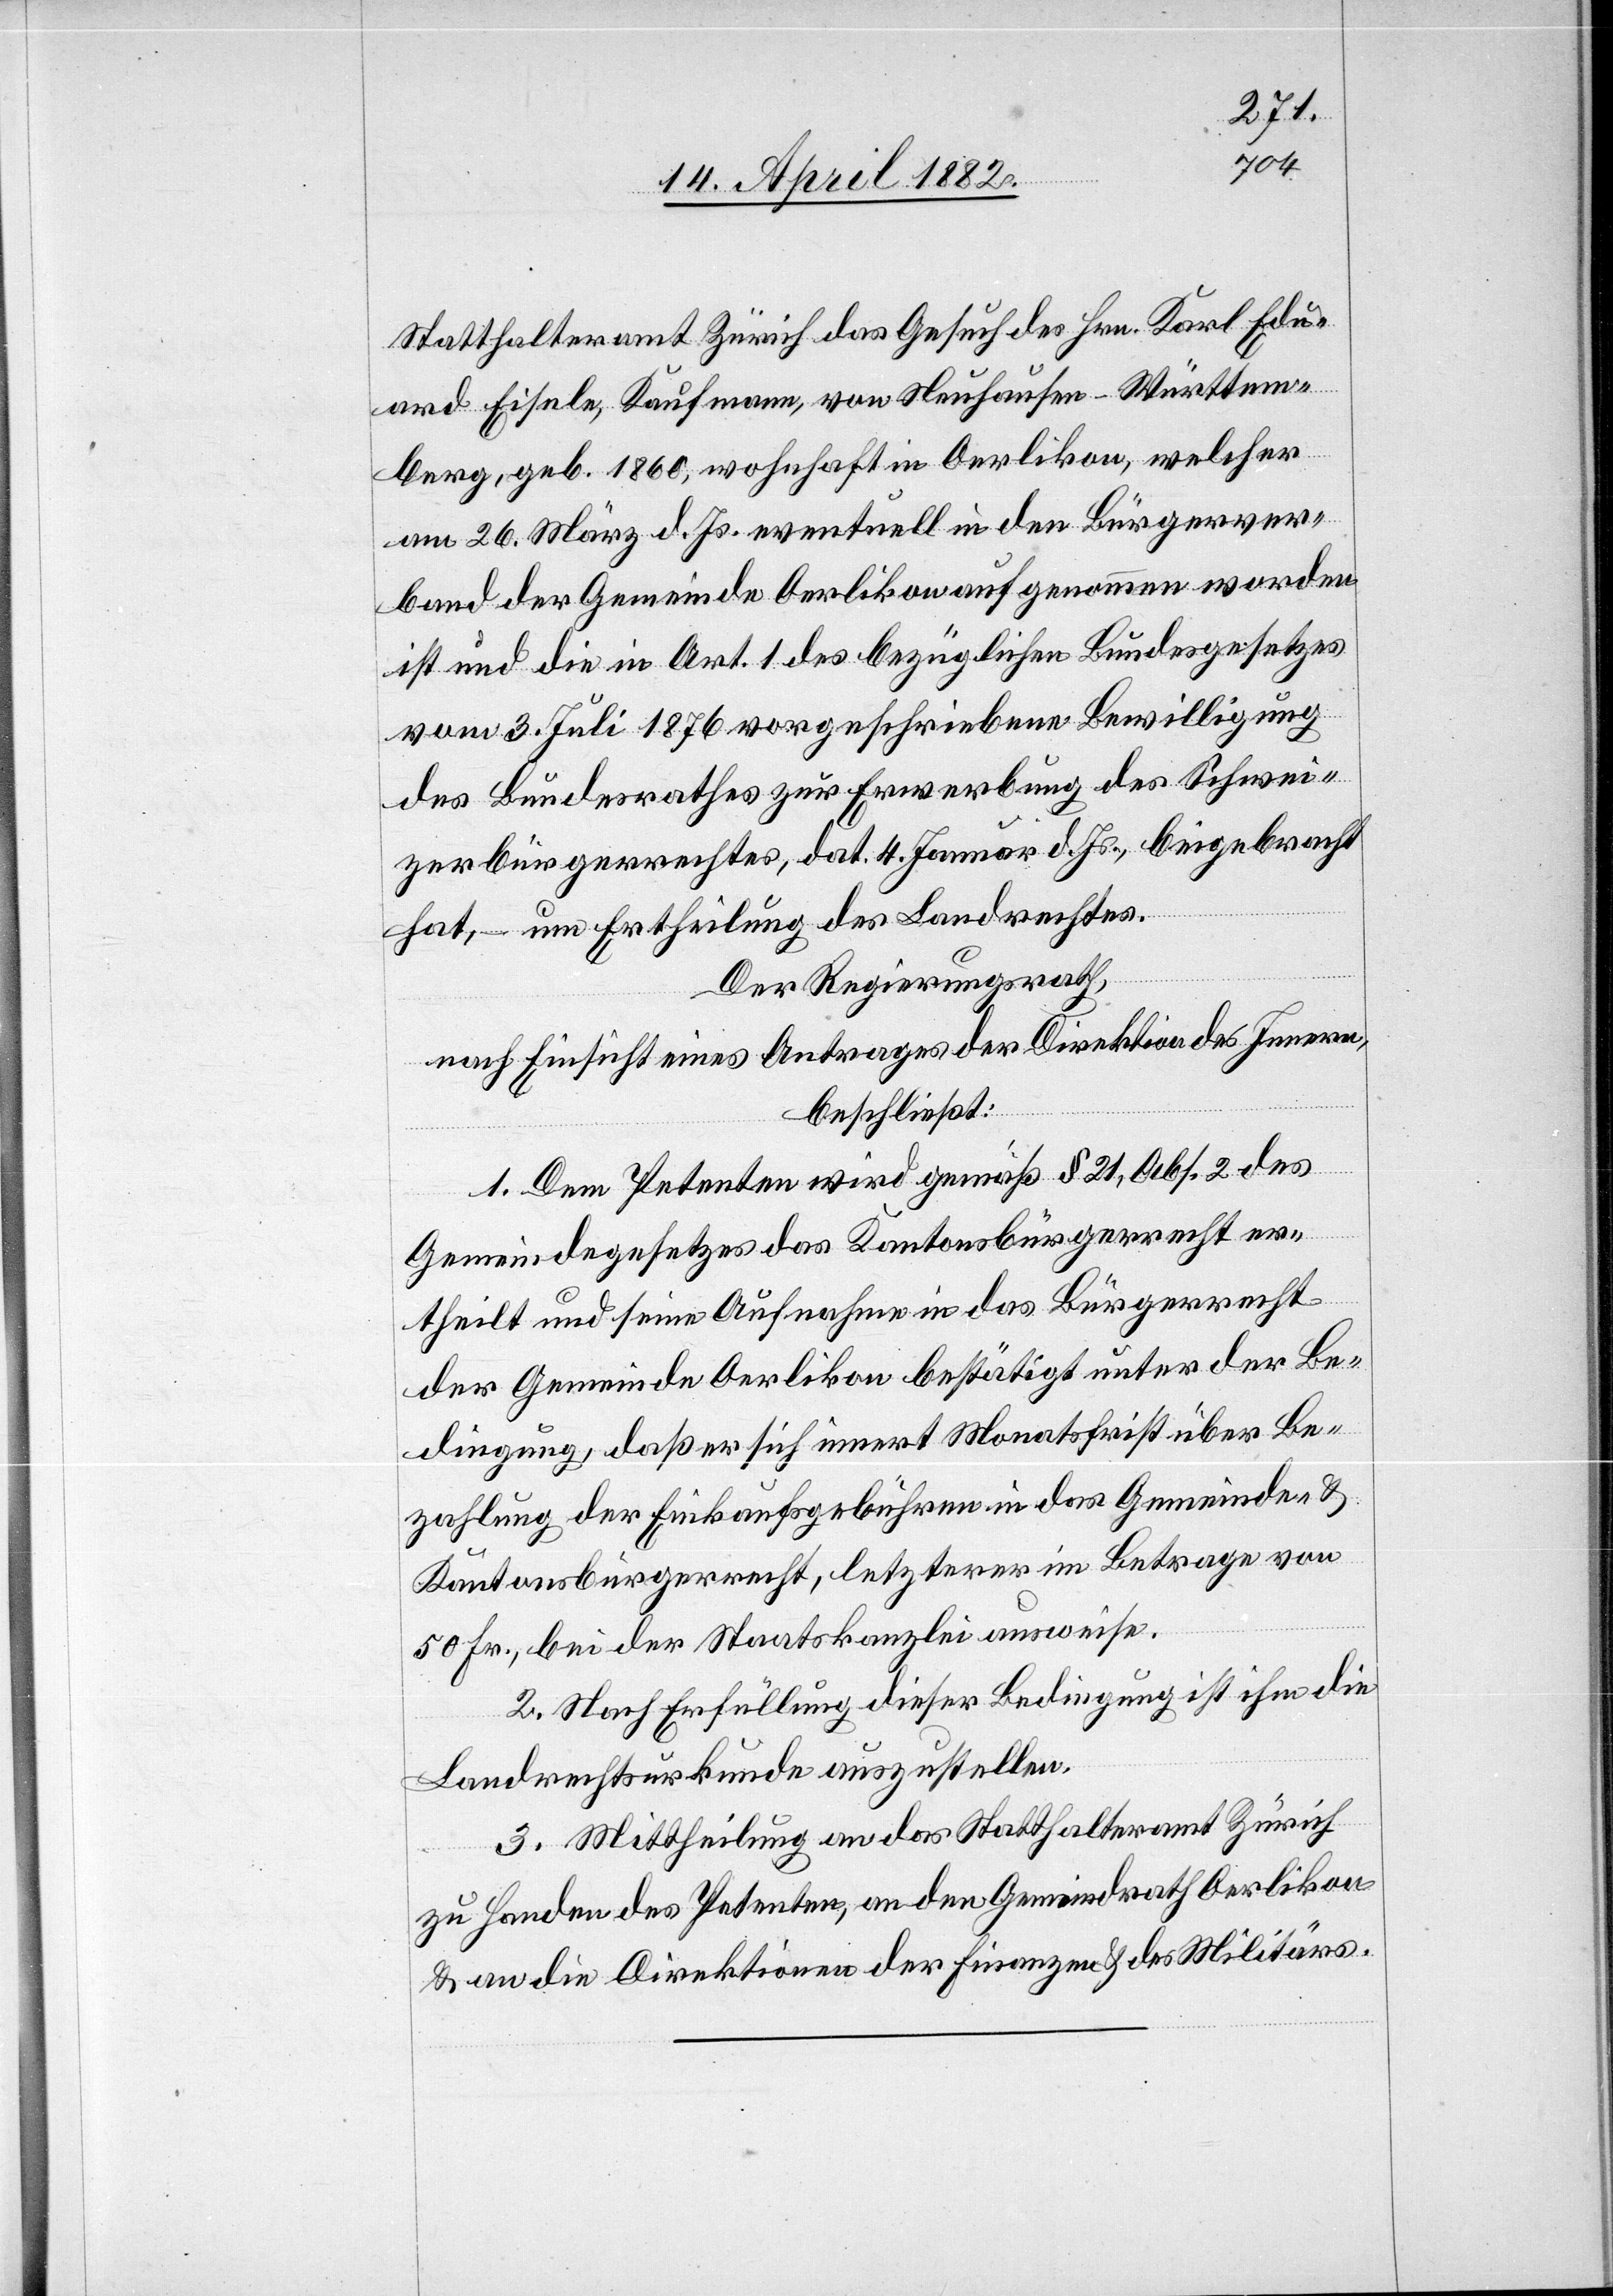
Statthalteramt Zürich das Gesuch des Hrn. Karl Edu¬
ard Eisele, Kaufmann, von Neuhausen - Württem¬
berg, geb. 1860, wohnhaft in Oerlikon, welcher
am 26. März d. Js. eventuell in den Bürgerver¬
band der Gemeinde Oerlikon aufgenommen worden
ist und die in Art. 1 des bezüglichen Bundesgesetzes
vom 3. Juli 1876 vorgeschriebene Bewilligung
des Bundesrathes zur Erwerbung des Schwei¬
zerbürgerrechtes, dat. 4. Januar d. Js., beigebracht
hat, – um Ertheilung des Landrechtes.
Der Regierungsrath,
nach Einsicht eines Antrages der Direktion des Innern,
beschließt:
1. Dem Petenten wird gemäß § 21, Abs. 2 des
Gemeindegesetzes das Kantonsbürgerrecht er¬
theilt und seine Aufnahme in das Bürgerrecht
der Gemeinde Oerlikon bestätigt unter der Be¬
dingung, daß er sich innert Monatsfrist über Be¬
zahlung der Einkaufsgebühren in das Gemeinde- &
Kantonsbürgerrecht, letzterer im Betrage von
50 Fr., bei der Staatskanzlei ausweise.
2. Nach Erfüllung dieser Bedingung ist ihm die
Landrechtsurkunde auszustellen.
3. Mittheilung an das Statthalteramt Zürich
zu Handen des Petenten, an den Gemeindrath Oerlikon
& an die Direktionen der Finanzen & des Militärs.